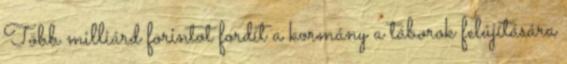
Több milliárd forintot fordít a kormány a táborok felújítására